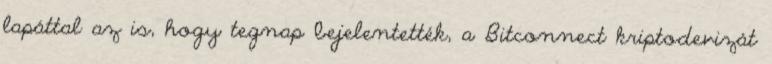
lapáttal az is, hogy tegnap bejelentették, a Bitconnect kriptodevizát